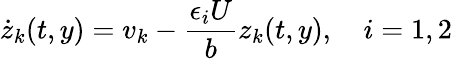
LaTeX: \dot{z}_{k}(t,y)=v_{k}-\frac{\epsilon_{i}U}{b}z_{k}(t,y),\quad i=1,2